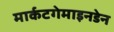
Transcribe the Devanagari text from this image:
मार्कटगेमाइनडेन